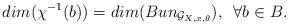
LaTeX: \begin{align*}dim(\chi^{-1}(b)) = dim(Bun_{\mathcal{G}_{X,x,\theta}}), \,\ \forall b \in B.\end{align*}